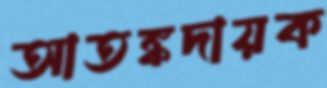
আতঙ্কদায়ক